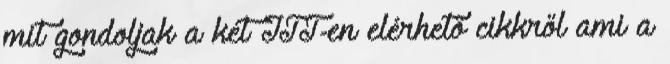
mit gondoljak a két ITT-en elérhető cikkről ami a